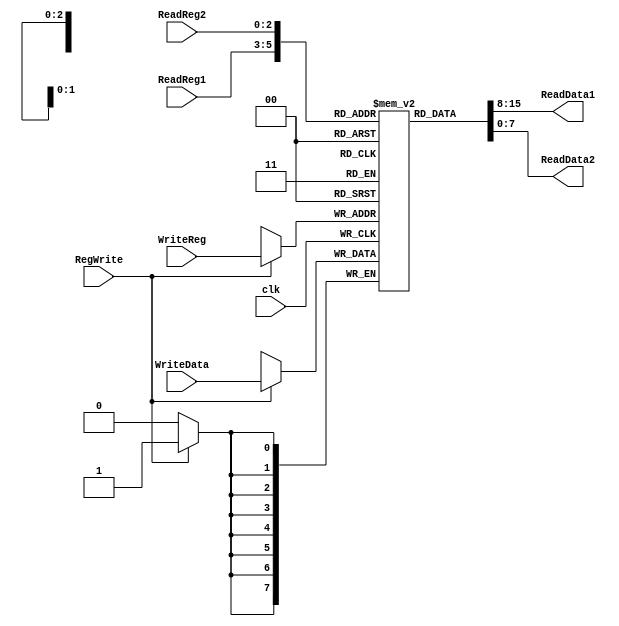
module RegisterFile(input [2:0] ReadReg1, ReadReg2, WriteReg, input [7:0] WriteData, input clk, RegWrite,
  output [7:0] ReadData1, ReadData2);

	reg [7:0] Memory [0:7];
	initial Memory[0] <= 0;
	initial Memory[1] <= 8'd12;
	initial Memory[2] <= 8'd13;
	initial Memory[4] <= 8'd43;
	initial Memory[5] <= 8'd3;
	

	assign ReadData1 = Memory[ReadReg1];
	assign ReadData2 = Memory[ReadReg2];

	always @(negedge clk)
		if (RegWrite == 1)
			Memory[WriteReg] = WriteData;
	
endmodule